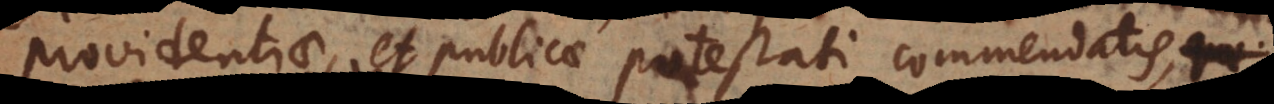
providentiae, et publicae potestati commendatis,